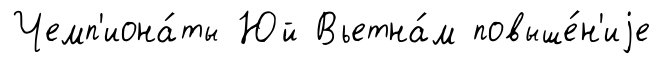
Чемп'иона́ты Юй Вьетна́м повыше́н'иjе